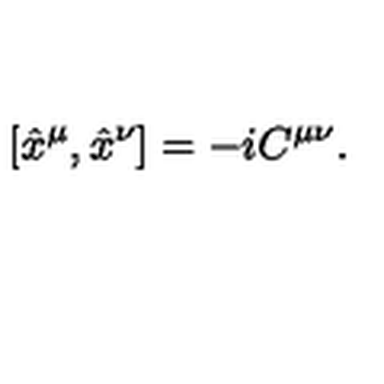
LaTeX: [ \hat { x } ^ { \mu } , \hat { x } ^ { \nu } ] = - i C ^ { \mu \nu } .